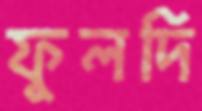
ফুলদি